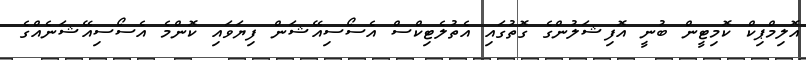
އޮލިމްޕިކް ކޮމިޓީން ބުނީ އޮފިޝަލުންގެ ގޮތުގައި އެތުލެޓިކްސް އެސޯސިއޭޝަން ފިޔަވައި ކޮންމެ އެސޯސިއޭޝަނެއްގެ